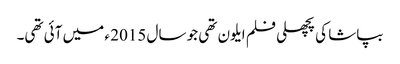
بپاشا کی پچھلی فلم ایلون تھی جو سال 2015 ء میں آئی تھی۔